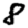
Digit: 8